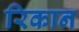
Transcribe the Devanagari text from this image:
रिकान